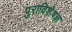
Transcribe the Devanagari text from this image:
पुराविशेषज्ञ